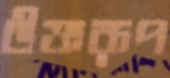
উক্তরূপ